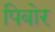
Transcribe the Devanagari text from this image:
पिबोर